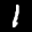
Label: 1